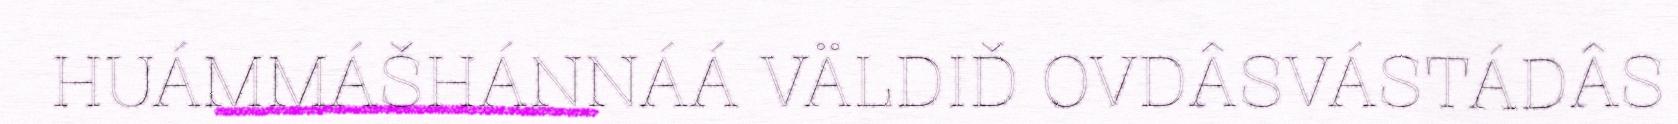
HUÁMMÁŠHÁNNÁÁ VÄLDIĐ OVDÂSVÁSTÁDÂS